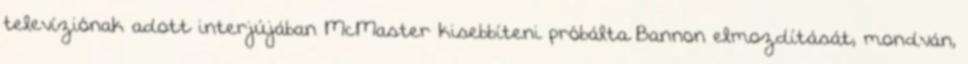
televíziónak adott interjújában McMaster kisebbíteni próbálta Bannon elmozdítását, mondván,